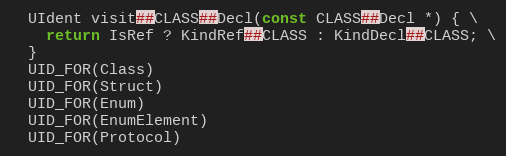
Language: C++
  UIdent visit##CLASS##Decl(const CLASS##Decl *) { \
    return IsRef ? KindRef##CLASS : KindDecl##CLASS; \
  }
  UID_FOR(Class)
  UID_FOR(Struct)
  UID_FOR(Enum)
  UID_FOR(EnumElement)
  UID_FOR(Protocol)